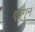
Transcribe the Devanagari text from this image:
एइगुन